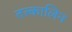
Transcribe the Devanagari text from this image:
तत्त्कालिन